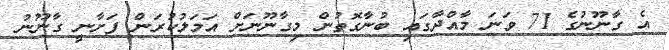
އެ ގާނޫނުގެ 71 ވަނަ މާއްދާގައި ބުނާގޮތުން މިގާނޫނަށް އަމަލުކުރަން ފަށާނީ ގާނޫނު